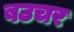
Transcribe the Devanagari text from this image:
बउचर